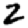
Digit: 2